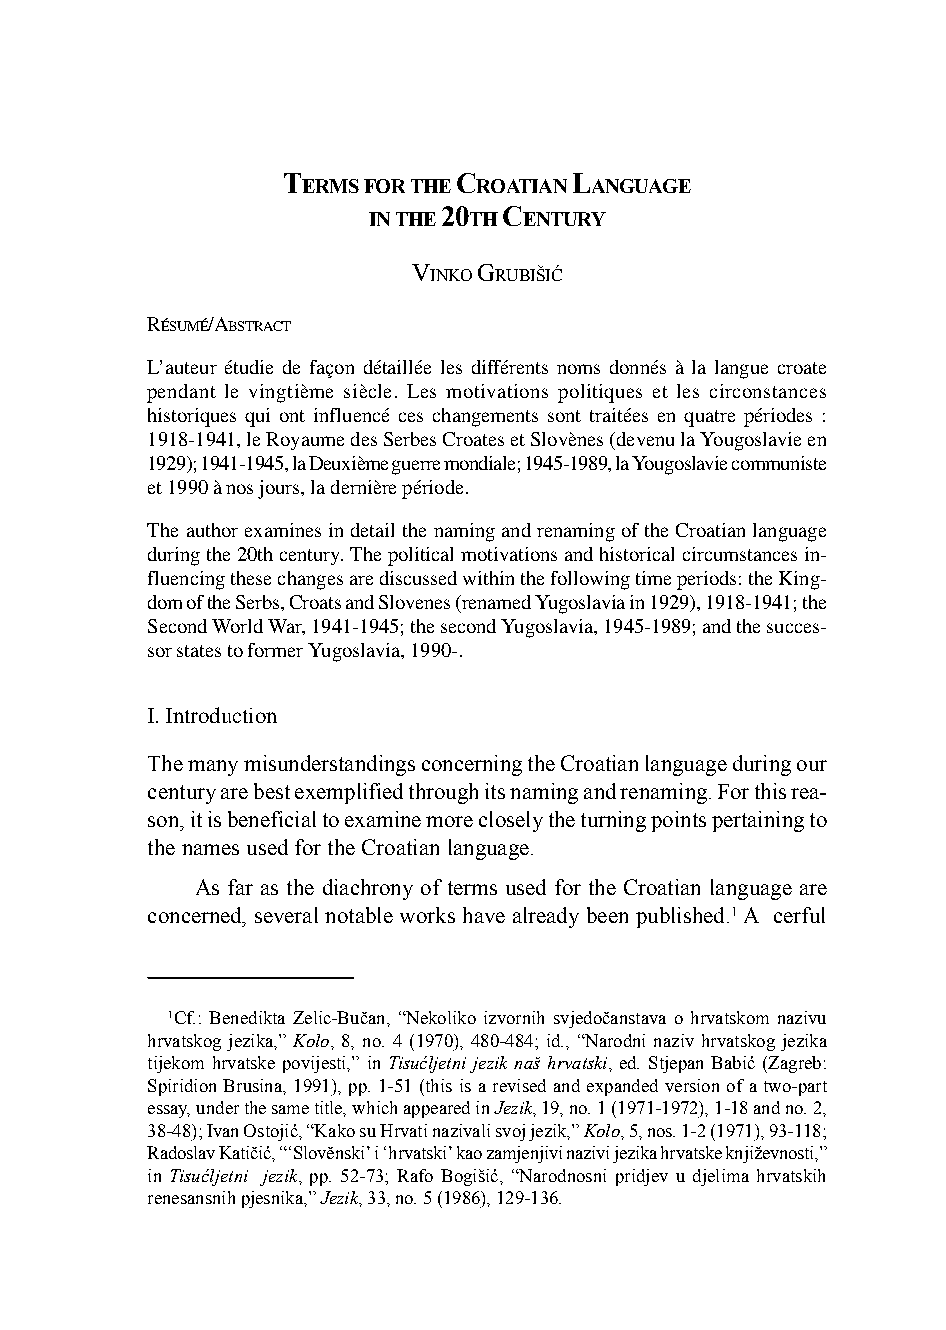
133
 T          C       L
 ERMSFORTHE  ROATIAN ANGUAGE
 20  C
 INTHE  TH  ENTURY
 VINKO GRUBIŠIĆ
 RÉSUMÉ/ABSTRACT
 L’auteur étudie de façon détaillée les différents noms donnés à la langue croate
 pendant le vingtième siècle. Les motivations politiques et les circonstances
 historiques qui ont influencé ces changements sont traitées en quatre périodes :
 1918-1941, le Royaume des Serbes Croates et Slovènes (devenu la Yougoslavie en
 1929); 1941-1945, la Deuxième guerre mondiale; 1945-1989, la Yougoslavie communiste
 et 1990 à nos jours, la dernière période.
 The author examines in detail the naming and renaming of the Croatian language
 during the 20th century. The political motivations and historical circumstances in-
 fluencing these changes are discussed within the following time periods: the King-
 dom of the Serbs, Croats and Slovenes (renamed Yugoslavia in 1929), 1918-1941; the
 Second World War, 1941-1945; the second Yugoslavia, 1945-1989; and the succes-
 sor states to former Yugoslavia, 1990-.
 I. Introduction
 The many misunderstandings concerning the Croatian language during our
 century are best exemplified through its naming and renaming. For this rea-
 son, it is beneficial to examine more closely the turning points pertaining to
 the names used for the Croatian language.
 As far as the diachrony of terms used for the Croatian language are
 concerned, several notable works have already been published.1 A cerful
 1Cf.: Benedikta Zelic-Bučan, “Nekoliko izvornih svjedočanstava o hrvatskom nazivu
 hrvatskog jezika,” Kolo, 8, no. 4 (1970), 480-484; id., “Narodni naziv hrvatskog jezika
 tijekom hrvatske povijesti,” in Tisućljetni jezik naš hrvatski, ed. Stjepan Babić (Zagreb:
 Spiridion Brusina, 1991), pp. 1-51 (this is a revised and expanded version of a two-part
 essay, under the same title, which appeared in Jezik, 19, no. 1 (1971-1972), 1-18 and no. 2,
 38-48); Ivan Ostojić, “Kako su Hrvati nazivali svoj jezik,” Kolo, 5, nos. 1-2 (1971), 93-118;
 Radoslav Katičić, “‘Slověnski’ i ‘hrvatski’ kao zamjenjivi nazivi jezika hrvatske književnosti,”
 in Tisućljetni jezik, pp. 52-73; Rafo Bogišić, “Narodnosni pridjev u djelima hrvatskih
 renesansnih pjesnika,” Jezik, 33, no. 5 (1986), 129-136.